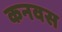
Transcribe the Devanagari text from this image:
कनवस